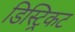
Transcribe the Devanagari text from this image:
डिस्ट्रिकट